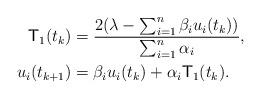
LaTeX: \begin{align*}\begin{aligned}\mathsf{T}_{1}(t_{k})&=\frac{2(\lambda-\sum_{i=1}^{n}\beta_{i}u_{i}(t_{k}))}{\sum_{i=1}^{n}\alpha_{i}}, \\u_i(t_{k+1})&=\beta_{i}u_i(t_{k})+\alpha_{i}\mathsf{T}_{1}(t_{k}).\end{aligned}\end{align*}